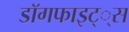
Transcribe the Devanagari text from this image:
डाॅगफाइट््स